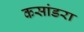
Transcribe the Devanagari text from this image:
कसांडरा